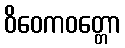
ဝိဝေကဝတ္တော